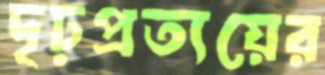
দৃঢ়প্রত্যয়ের